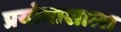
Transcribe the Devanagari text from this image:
प्रयोगाशाला